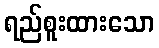
ရည်စူးထားသော